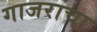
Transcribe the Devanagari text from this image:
गाजराचा